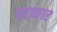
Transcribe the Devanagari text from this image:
हराकार